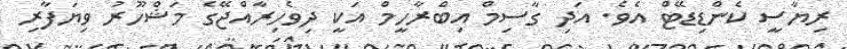
ރިޔާސީ ކެންޑިޑޭޓް އެވެ. އަދި ގާސިމް އިބްރާހީމް އަކީ ދިވެހިރާއްޖޭގެ މަޝްހޫރު ވިޔަފާރި